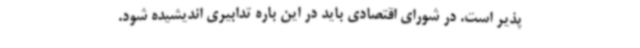
پذیر است. در شورای اقتصادی باید در این باره تدابیری اندیشیده شود.